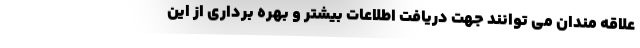
علاقه مندان می توانند جهت دریافت اطلاعات بیشتر و بهره برداری از این